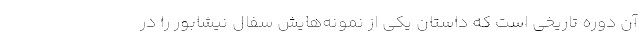
آن دوره تاریخی است که داستان یکی از نمونه‌‌هایش سفال نیشابور را در